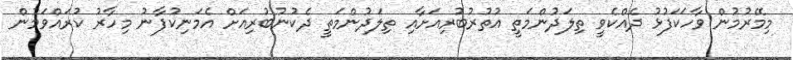
މިމޭރުމުން ވާހަކަފުޅު ދެއްކެވީ ތިލަދުންމަތީ އުތުރުބުރިއަށާއި ތިލަދުންމަތީ ދެކުނުބުރިއަށް އެމަނިކުފާނު މިހާރު ކުރައްވަމުން